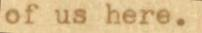
of us here.